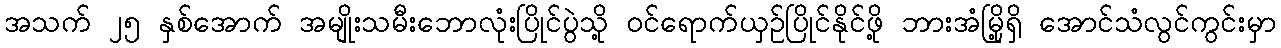
အသက် ၂၅ နှစ်အောက် အမျိုးသမီးဘောလုံးပြိုင်ပွဲသို့ ဝင်ရောက်ယှဉ်ပြိုင်နိုင်ဖို့ ဘားအံမြို့ရှိ အောင်သံလွင်ကွင်းမှာ